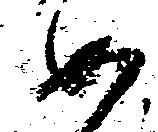
如